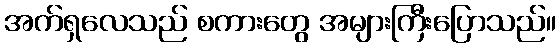
အက်ရှလေသည် စကားတွေ အများကြီးပြောသည်။